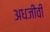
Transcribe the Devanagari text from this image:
अधजीवी